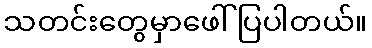
သတင်းတွေမှာဖေါ်ပြပါတယ်။